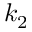
k _ { 2 }